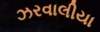
ઝરવાલીયા